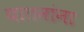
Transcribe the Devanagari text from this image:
यातनांना